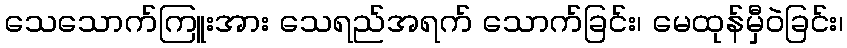
သေသောက်ကြူးအား သေရည်အရက် သောက်ခြင်း၊ မေထုန်မှီဝဲခြင်း၊